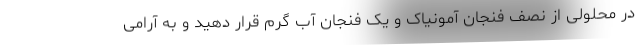
در محلولی از نصف فنجان آمونیاک و یک فنجان آب گرم قرار دهید و به آرامی